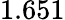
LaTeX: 1.651